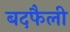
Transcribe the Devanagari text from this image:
बदफैली